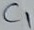
Text: C1